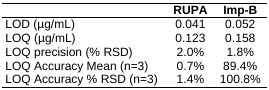
<table><thead><tr><td></td><td><b>RUPA</b></td><td><b>Imp-B</b></td></tr></thead><tbody><tr><td>LOD (μg/mL)</td><td>0.041</td><td>0.052</td></tr><tr><td>LOQ (μg/mL)</td><td>0.123</td><td>0.158</td></tr><tr><td>LOQ precision (% RSD)</td><td>2.0%</td><td>1.8%</td></tr><tr><td>LOQ Accuracy Mean (n=3)</td><td>0.7%</td><td>89.4%</td></tr><tr><td>LOQ Accuracy % RSD (n=3)</td><td>1.4%</td><td>100.8%</td></tr></tbody></table>